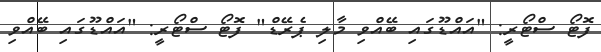
ފޮޓޯ ސްޓޯރީ: "އައްޑޫގައި ބޭއްވި މާލި ޕެރޭޑް" ފޮޓޯ ސްޓޯރީ: "އައްޑޫގައި ބޭއްވި